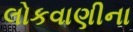
લોકવાણીના